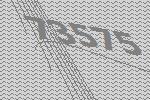
73575